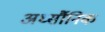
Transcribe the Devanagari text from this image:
अर्ध्सौनिक